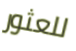
للعثور